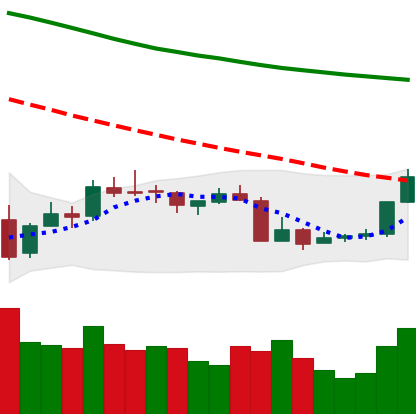
Ticker: XMR-USD
Chart end date: 2018-07-17
Forward return: -10.652%
Label: down_7plus